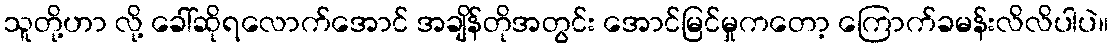
သူတို့ဟာ လို့ ခေါ်ဆိုရလောက်အောင် အချိန်တိုအတွင်း အောင်မြင်မှုကတော့ ကြောက်ခမန်းလိလိပါပဲ။